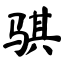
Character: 骐